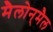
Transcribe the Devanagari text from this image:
मैलोन्‌मैल